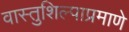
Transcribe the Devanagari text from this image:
वास्तुशिल्पाप्रमाणे